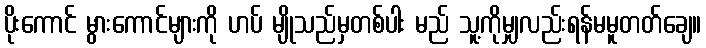
ပိုးကောင် မွားကောင်များကို ဟပ် မျိုသည်မှတစ်ပါး မည် သူ့ကိုမျှလည်းရန်မမူတတ်ချေ။